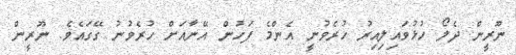
ނޫރީން ދެލޯ ހުޅުވައިލިއިރު ހުރެވުނީ އެންމެ ފަހުން އޭނާއަށް ހުރެވުނު ގޭގައެވެ. ނޫރީން